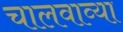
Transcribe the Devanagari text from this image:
चालवाव्या